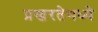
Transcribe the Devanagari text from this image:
प्रखरतेमध्ये